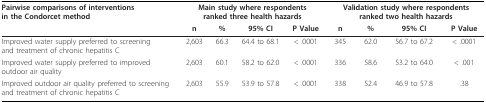
<table><thead><tr><td><b>Pairwise comparisons of interventions in the Condorcet method</b></td><td colspan="4"><b>Main study where respondents ranked three health hazards</b></td><td colspan="4"><b>Validation study where respondents ranked two health hazards</b></td></tr><tr><td></td><td><b>n</b></td><td><b>%</b></td><td><b>95% CI</b></td><td><b>P Value</b></td><td><b>n</b></td><td><b>%</b></td><td><b>95% CI</b></td><td><b>P Value</b></td></tr></thead><tbody><tr><td>Improved water supply preferred to screening and treatment of chronic hepatitis C</td><td>2,603</td><td>66.3</td><td>64.4 to 68.1</td><td>&lt; .0001</td><td>345</td><td>62.0</td><td>56.7 to 67.2</td><td>&lt; .0001</td></tr><tr><td>Improved water supply preferred to improved outdoor air quality</td><td>2,603</td><td>60.1</td><td>58.2 to 62.0</td><td>&lt; .0001</td><td>336</td><td>58.6</td><td>53.2 to 64.0</td><td>&lt; .001</td></tr><tr><td>Improved outdoor air quality preferred to screening and treatment of chronic hepatitis C</td><td>2,603</td><td>55.9</td><td>53.9 to 57.8</td><td>&lt; .0001</td><td>338</td><td>52.4</td><td>46.9 to 57.8</td><td>.38</td></tr></tbody></table>